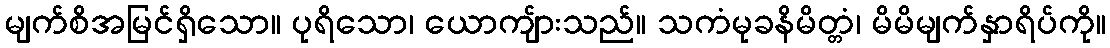
မျက်စိအမြင်ရှိသော။ ပုရိသော၊ ယောကျ်ားသည်။ သကံမုခနိမိတ္တံ၊ မိမိမျက်နှာရိပ်ကို။